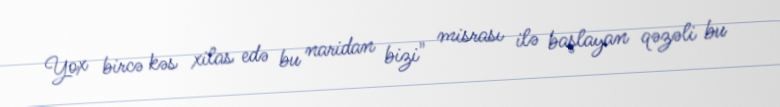
Yox bircə kəs xilas edə bu naridan bizi" misrası ilə başlayan qəzəli bu